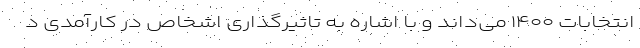
انتخابات ۱۴۰۰ می‌داند و با اشاره به تاثیرگذاری اشخاص در کارآمدی د